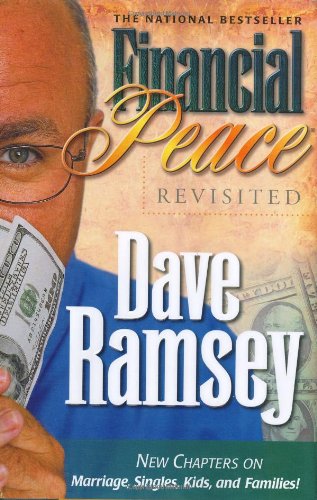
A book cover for Financial Peace Revisited; Dave Ramsey; Business & Money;